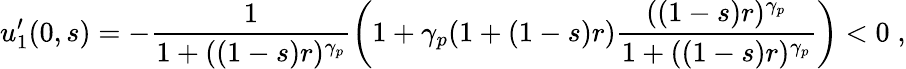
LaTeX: u_{1}^{\prime}(0,s)=-\frac{1}{1+((1-s)r)^{\gamma_{p}}}\left(1+\gamma_{p}(1+(1-s)r)\frac{((1-s)r)^{\gamma_{p}}}{1+((1-s)r)^{\gamma_{p}}}\right)<0\; ,